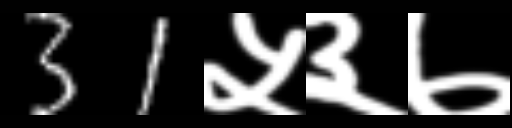
Text: 31५३७